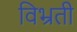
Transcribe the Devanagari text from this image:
विभ्रती